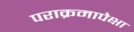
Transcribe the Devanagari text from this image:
पराक्रमापेक्षा